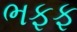
ભફફ